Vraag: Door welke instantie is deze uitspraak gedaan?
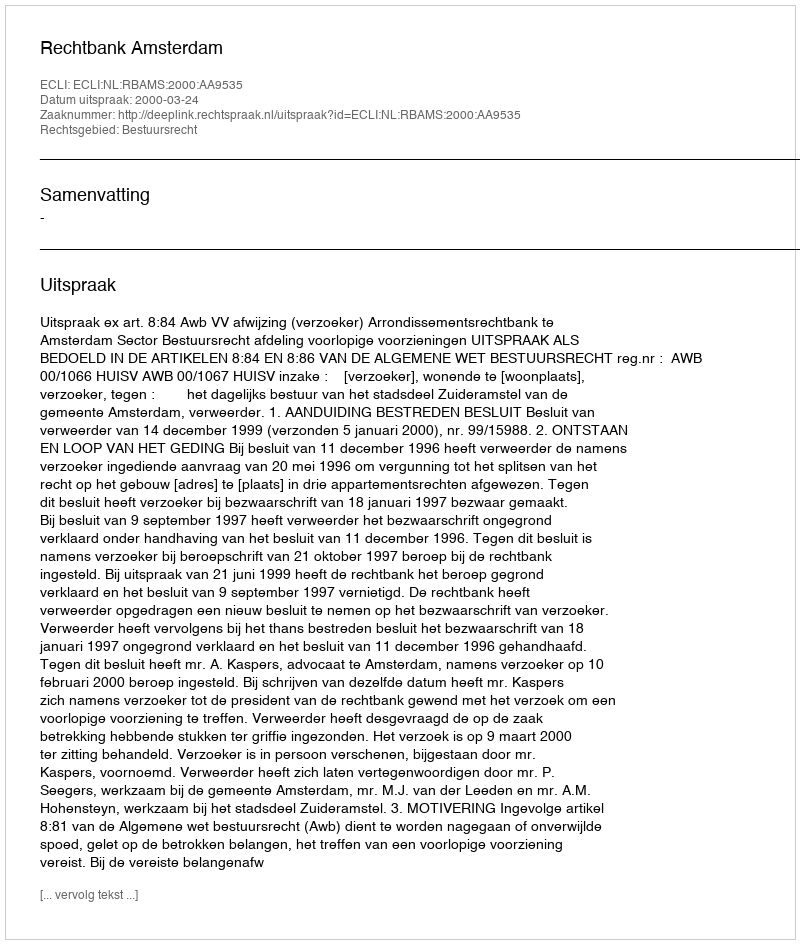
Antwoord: Rechtbank Amsterdam